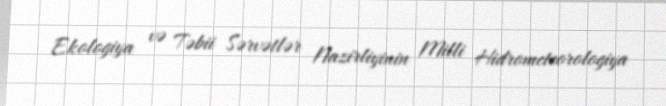
Ekologiya və Təbii Sərvətlər Nazirliyinin Milli Hidrometeorologiya